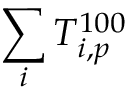
\sum _ { i } T _ { i , p } ^ { 1 0 0 }